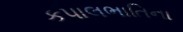
કપાલભાતિના